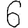
Digit: 6